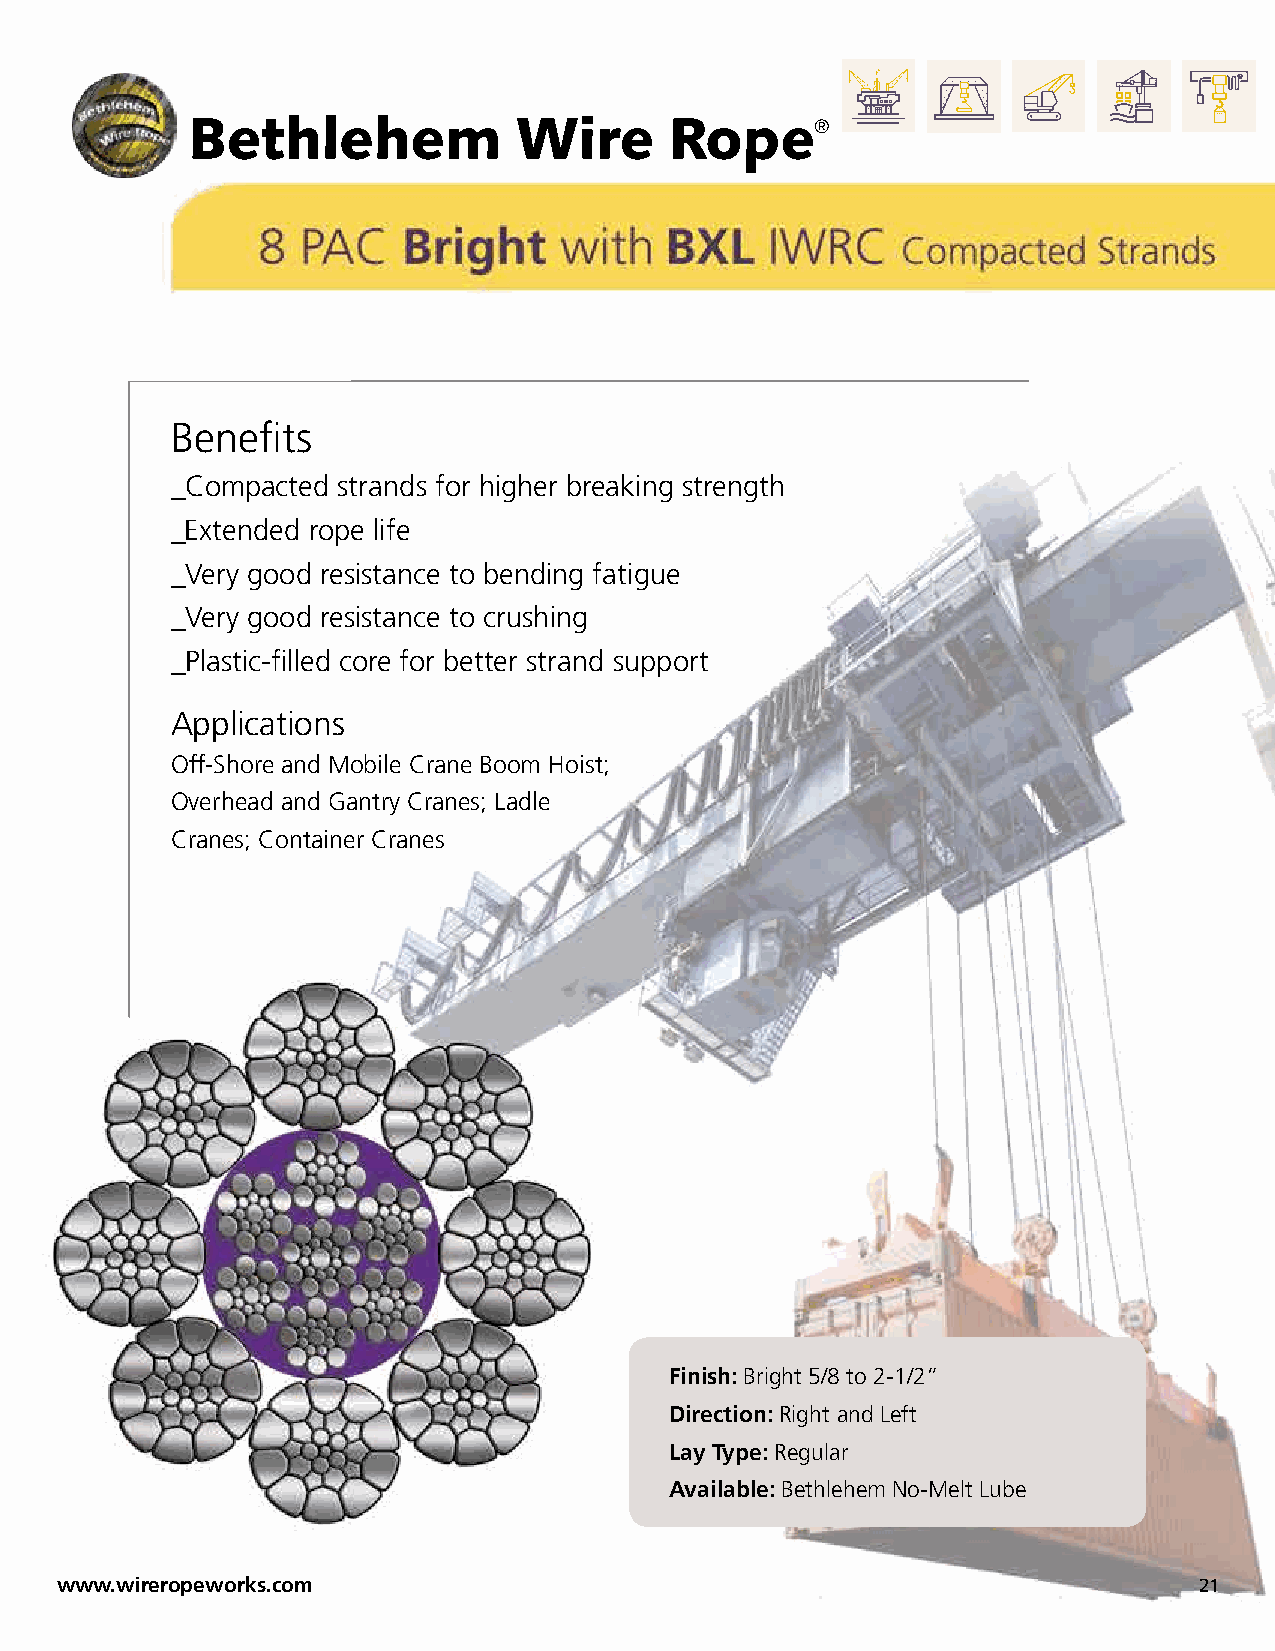
Bethlehem             Wire      Rope®
 Benefits
 _Compacted strands for higher breaking strength
 _Extended rope life
 _Very good resistance to bending fatigue
 _Very good resistance to crushing
 _Plastic-filled core for better strand support
 Applications
 Off-Shore and Mobile Crane Boom Hoist;
 Overhead and Gantry Cranes; Ladle
 Cranes; Container Cranes
 Finish: Bright 5/8 to 2-1/2”
 Direction: Right and Left
 Lay Type: Regular
 Available: Bethlehem No-Melt Lube
 www.wireropeworks.com                                                      21